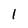
Character: l